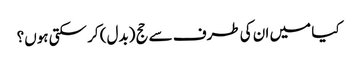
کیا میں ان کی طرف سے حج (بدل) کر سکتی ہوں؟